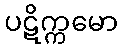
ပဋိက္ကမော